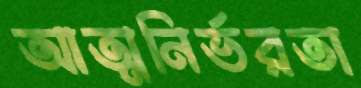
আত্মনির্ভরতা